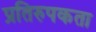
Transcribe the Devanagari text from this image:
प्रतिरुपकता